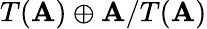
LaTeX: T(\mathbf{A})\oplus\mathbf{A}/T(\mathbf{A})